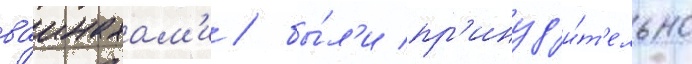
ваинахам'и / бы́л'и пр'инуд'и́т'ельно